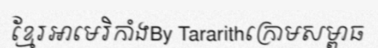
ខ្មែរអាមេរិកាំងBy Tararithក្រោមសម្ពាធ